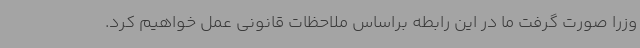
وزرا صورت گرفت ما در این رابطه براساس ملاحظات قانونی عمل خواهیم کرد.